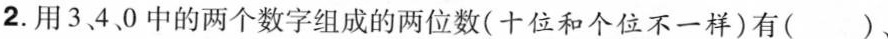
2.用340中的两个数字组成的两位数(十位和个位不一样)有( )、